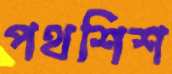
পথশিশ